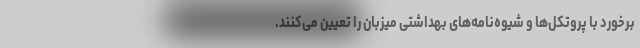
برخورد با پروتکل‌ها و شیوه‌نامه‌های بهداشتی میزبان را تعیین می‌کنند.